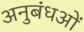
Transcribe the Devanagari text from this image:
अनुबंधओं